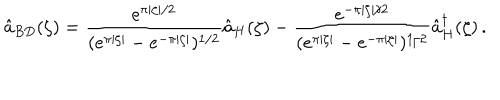
\hat { a } _ { B D } ( \zeta ) = \frac { e ^ { \pi \vert \zeta \vert / 2 } } { ( e ^ { \pi \vert \zeta \vert } - e ^ { - \pi \vert \zeta \vert } ) ^ { 1 / 2 } } \hat { a } _ { H } ( \zeta ) - \frac { e ^ { - \pi \vert \zeta \vert / 2 } } { ( e ^ { \pi \vert \zeta \vert } - e ^ { - \pi \vert \zeta \vert } ) ^ { 1 / 2 } } \hat { a } _ { H } ^ { \dagger } ( \zeta ) \, .